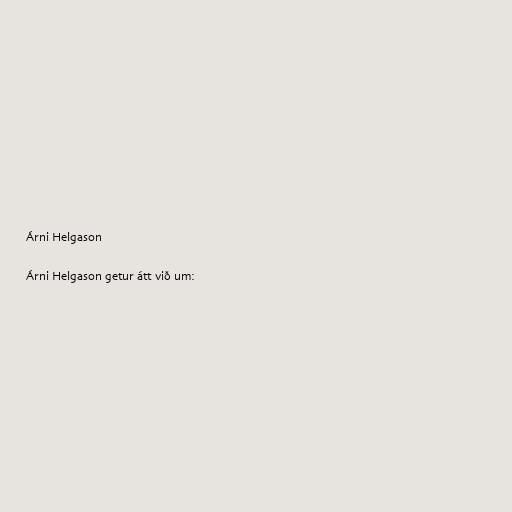
Árni Helgason

Árni Helgason getur átt við um: